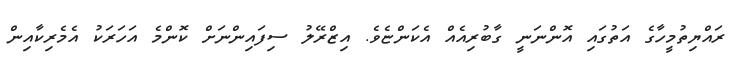
ރައްޔިތުމީހާގެ އަތުގައި އޮންނަނީ ގާބުރިއެއް އެކަންޏެވެ. އިޒްރޭލު ސިފައިންނަށް ކޮންމެ އަހަރަކު އެމެރިކާއިން